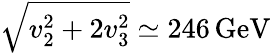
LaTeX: \sqrt{v_{2}^{2}+2v_{3}^{2}}\simeq 246\, \mathrm{GeV}